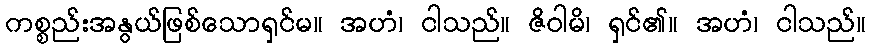
ကစ္စည်းအနွယ်ဖြစ်သောရှင်မ။ အဟံ၊ ငါသည်။ ဇိဝါမိ၊ ရှင်၏။ အဟံ၊ ငါသည်။